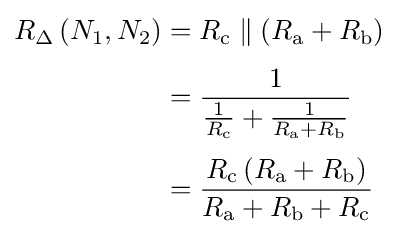
{\begin{aligned}R_{\Delta }\left(N_{1},N_{2}\right)&=R_{\text{c}}\parallel (R_{\text{a}}+R_{\text{b}})\\[3pt]&={\frac {1}{{\frac {1}{R_{\text{c}}}}+{\frac {1}{R_{\text{a}}+R_{\text{b}}}}}}\\[3pt]&={\frac {R_{\text{c}}\left(R_{\text{a}}+R_{\text{b}}\right)}{R_{\text{a}}+R_{\text{b}}+R_{\text{c}}}}\end{aligned}}